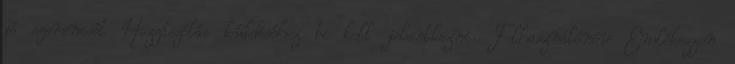
jó szerencsét Hozzászólás küldéséhez be kell jelentkezni. Felhasználónév Emlékezzen